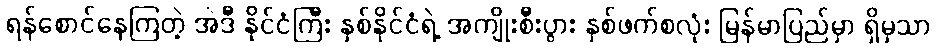
ရန်စောင်နေကြတဲ့ အဲဒီ နိုင်ငံကြီး နှစ်နိုင်ငံရဲ့ အကျိုးစီးပွား နှစ်ဖက်စလုံး မြန်မာပြည်မှာ ရှိမှသာ